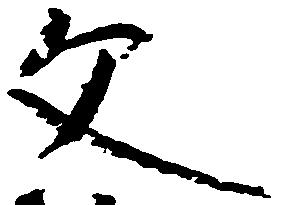
文